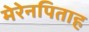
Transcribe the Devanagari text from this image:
मेरेनपिताह